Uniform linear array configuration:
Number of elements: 64
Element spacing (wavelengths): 1
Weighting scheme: exponential
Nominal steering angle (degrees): -60
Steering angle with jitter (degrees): -61.851
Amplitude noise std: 0.05
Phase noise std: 0.05

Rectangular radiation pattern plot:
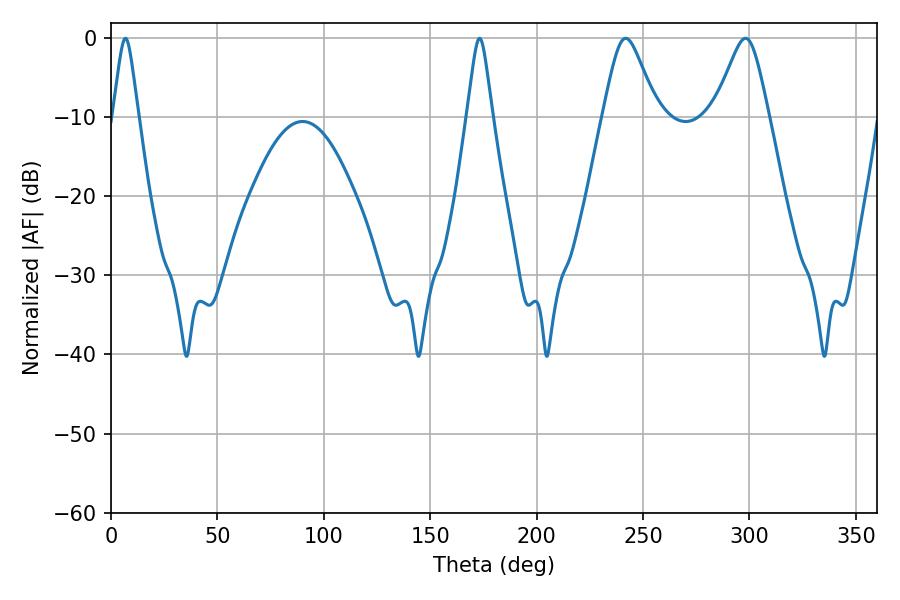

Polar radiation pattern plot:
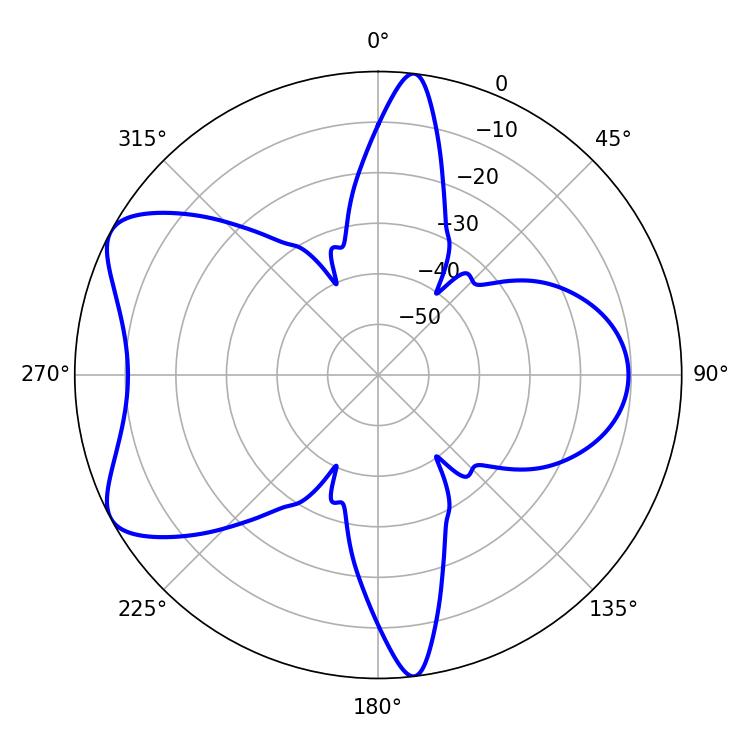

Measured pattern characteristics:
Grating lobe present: TRUE
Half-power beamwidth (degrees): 12.24
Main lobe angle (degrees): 298.08